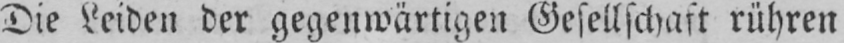
Die Leiden der gegenwärtigen Gesellschaft rühren